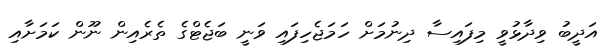
އަދީބު ވިދާޅުވީ މިފައިސާ ދިނުމަށް ހަމަޖެހިފައި ވަނީ ބަޖެޓްގެ ތެރެއިން ނޫން ކަމަށާއި